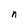
Character: n